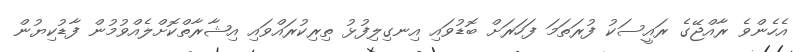
އެހެންވެ ރާއްޖޭގެ ރައީސަކު ފުރަތަމަ ފަހަރަށް ބޮޑުވައި އިނގިލިފުޅު ތިރިކުރައްވައި އިޝާރާތްކޮށްލެއްވުމުން ފާޑުކިޔުން